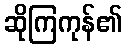
ဆိုကြကုန်၏